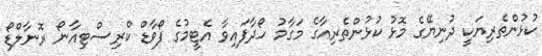
ކުޅުންތެރިޔަކީ ދުނިޔޭގެ މޮޅު ކުޅުންތެރިއާގެ މަގާމު ހޯދާފައިވާ އެޓީމުގެ ފޯވާޑް ކްރިސްޓިއާނޯ ރޮނާލްޑޯ